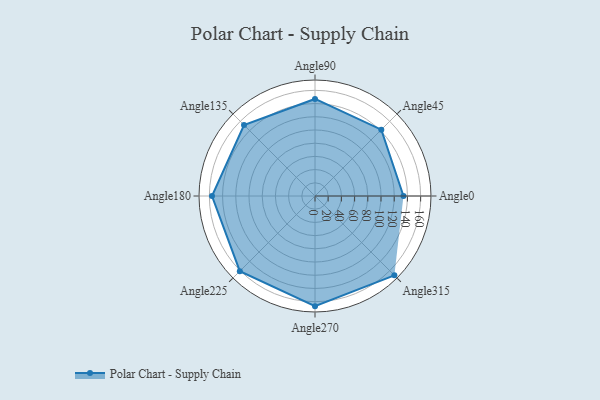
{"axis": {"x": "Angle", "y": "Radius"}, "legend": [""], "data": [{"x": "Angle0", "y": 134.0, "type": ""}, {"x": "Angle45", "y": 142.0, "type": ""}, {"x": "Angle90", "y": 147.0, "type": ""}, {"x": "Angle135", "y": 152.0, "type": ""}, {"x": "Angle180", "y": 156.0, "type": ""}, {"x": "Angle225", "y": 161.0, "type": ""}, {"x": "Angle270", "y": 167.0, "type": ""}, {"x": "Angle315", "y": 170, "type": ""}]}